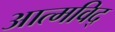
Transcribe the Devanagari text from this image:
आत्मविद्